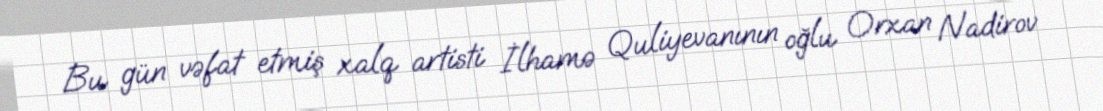
Bu gün vəfat etmiş xalq artisti İlhamə Quliyevanının oğlu Orxan Nadirov